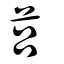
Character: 莒